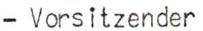
- Vorsitzender